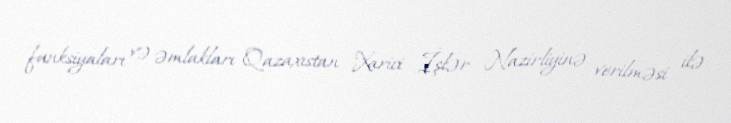
funksiyaları və əmlakları Qazaxıstan Xarici İşlər Nazirliyinə verilməsi ilə